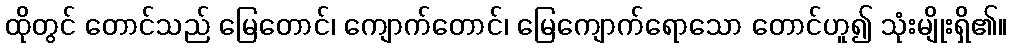
ထိုတွင် တောင်သည် မြေတောင်၊ ကျောက်တောင်၊ မြေကျောက်ရောသော တောင်ဟူ၍ သုံးမျိုးရှိ၏။